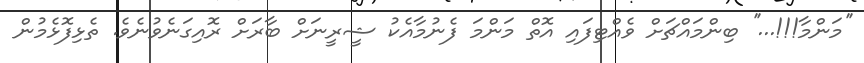
''މަންމާ!!!...'' ބިންމައްޗަށް ވެއްޓިފައި އޮތް މަންމަ ފެނުމާއެކު ޝީރީނަށް ބާރަށް ރޮއިގަނެވުނެވެ. ތެޅިފޮޅެމުން